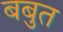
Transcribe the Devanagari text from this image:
बबुत